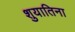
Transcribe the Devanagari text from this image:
शुयातिना